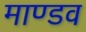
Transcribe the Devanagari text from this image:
माण्डव